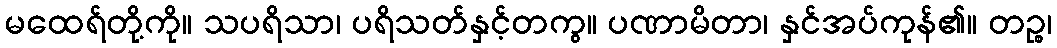
မထေရ်တို့ကို။ သပရိသာ၊ ပရိသတ်နှင့်တကွ။ ပဏာမိတာ၊ နှင်အပ်ကုန်၏။ တဉ္စ၊